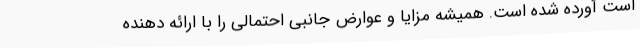
است آورده شده است. همیشه مزایا و عوارض جانبی احتمالی را با ارائه دهنده